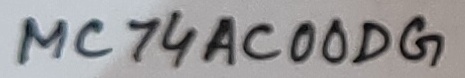
Text: MC74AC00DG